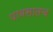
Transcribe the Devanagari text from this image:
पावसातच